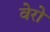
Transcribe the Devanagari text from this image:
वेरो